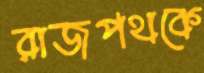
রাজপথকে